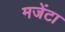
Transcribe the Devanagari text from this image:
मजेंटा